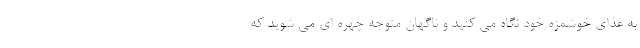
به غذای خوشمزه خود نگاه می کنید و ناگهان متوجه چهره ای می شوید که